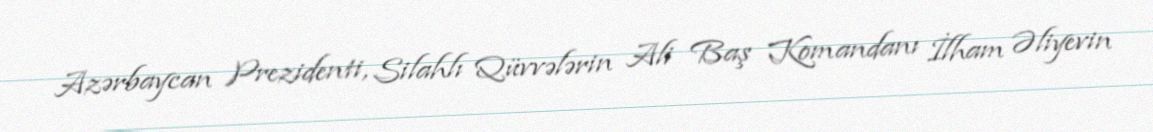
Azərbaycan Prezidenti, Silahlı Qüvvələrin Ali Baş Komandanı İlham Əliyevin